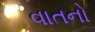
વાતનો